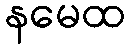
နမေထ